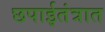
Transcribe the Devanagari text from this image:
छपाईतंत्रात